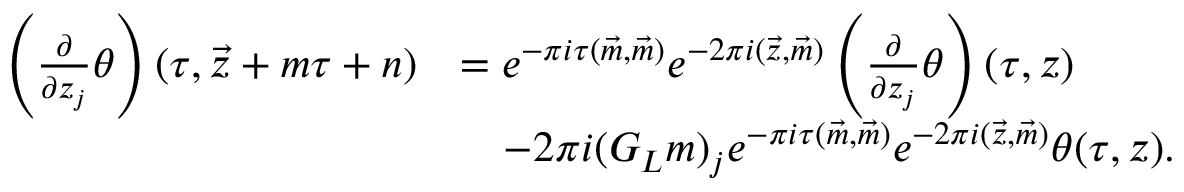
\begin{array} { r l } { \left( \frac { \partial } { \partial z _ { j } } \theta \right) ( \tau , \vec { z } + \boldsymbol { m } \tau + \boldsymbol { n } ) } & { = e ^ { - \pi i \tau ( \vec { m } , \vec { m } ) } e ^ { - 2 \pi i ( \vec { z } , \vec { m } ) } \left( \frac { \partial } { \partial z _ { j } } \theta \right) ( \tau , \boldsymbol { z } ) } \\ & { \quad - 2 \pi i ( G _ { L } \boldsymbol { m } ) _ { j } e ^ { - \pi i \tau ( \vec { m } , \vec { m } ) } e ^ { - 2 \pi i ( \vec { z } , \vec { m } ) } \theta ( \tau , \boldsymbol { z } ) . } \end{array}